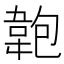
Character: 𩎘